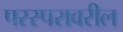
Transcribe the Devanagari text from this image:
परस्परावरील